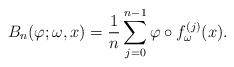
LaTeX: \begin{align*}B_n(\varphi ; \omega ,x)=\frac{1}{n} \sum _{j=0} ^{n-1} \varphi \circ f_\omega ^{(j)} (x). \end{align*}